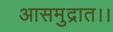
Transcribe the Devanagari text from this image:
आसमुद्रात।।